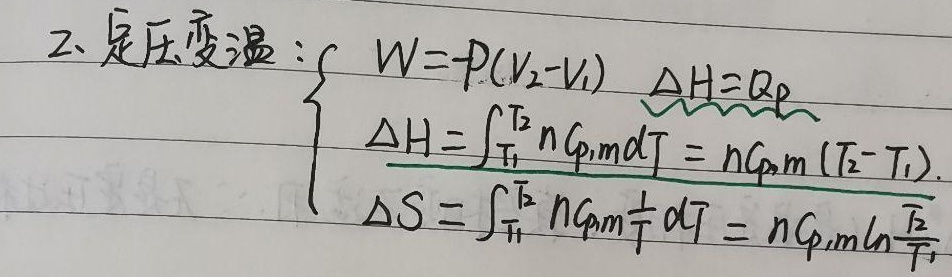
2、定压变温：
\[
\begin{cases}
W=-p(V_2 - V_1)，\ \Delta H = Q_p\\
\Delta H=\int_{T_1}^{T_2}nC_{p,m}\mathrm{d}T = nC_{p,m}(T_2 - T_1)\\
\Delta S=\int_{T_1}^{T_2}nC_{p,m}\frac{1}{T}\mathrm{d}T = nC_{p,m}\ln\frac{T_2}{T_1}
\end{cases}
\]